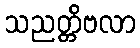
သညတ္တိဗလာ